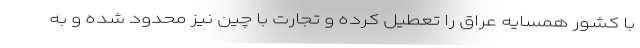
با کشور همسایه عراق را تعطیل کرده و تجارت با چین نیز محدود شده و به